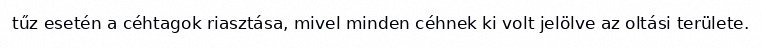
tűz esetén a céhtagok riasztása, mivel minden céhnek ki volt jelölve az oltási területe.